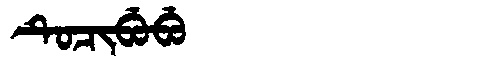
Manchu: ᡨᡠᠴᡳᠪᡠᠪᡠ
Romanization: TUCIBUBU